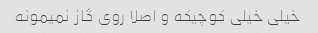
خیلی خیلی کوچیکه و اصلا روی گاز نمیمونه